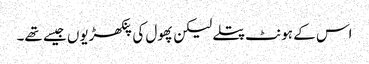
اس کے ہونٹ پتلے لیکن پھول کی پنکھڑیوں جیسے تھے۔